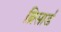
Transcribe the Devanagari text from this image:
ब्रिसार्ड